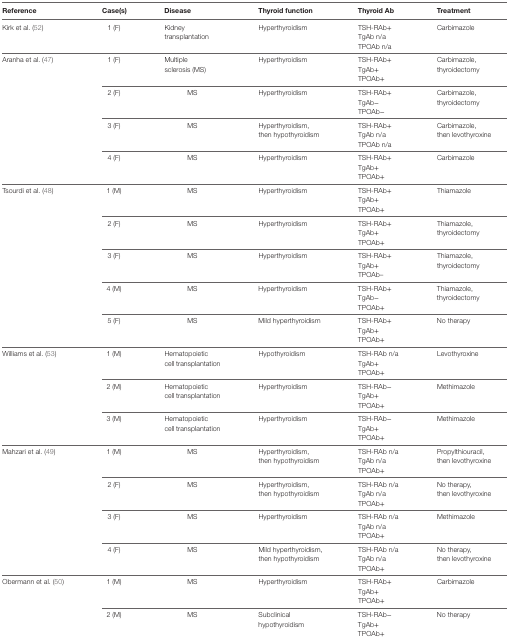
<table><thead><tr><td><b>Reference</b></td><td><b>Case(s)</b></td><td><b>Disease</b></td><td><b>Thyroid function</b></td><td><b>Thyroid Ab</b></td><td><b>Treatment</b></td></tr></thead><tbody><tr><td rowspan="3">Kirk et al. (52)</td><td rowspan="3">1 (F)</td><td rowspan="3">Kidney transplantation</td><td rowspan="3">Hyperthyroidism</td><td>TSH-RAb+</td><td rowspan="3">Carbimazole</td></tr><tr><td>TgAb n/a</td></tr><tr><td>TPOAb n/a</td></tr><tr><td rowspan="7">Aranha et al. (47)</td><td>1 (F)</td><td>Multiple sclerosis (MS)</td><td>Hyperthyroidism</td><td>TSH-RAb+TgAb+TPOAb+</td><td>Carbimazole, thyroidectomy</td></tr><tr><td>2 (F)</td><td>MS</td><td>Hyperthyroidism</td><td>TSH-RAb+TgAb−TPOAb−</td><td>Carbimazole, thyroidectomy</td></tr><tr><td>3 (F)</td><td>MS</td><td>Hyperthyroidism, then hypothyroidism</td><td>TSH-RAb+TgAb n/aTPOAb n/a</td><td>Carbimazole, then levothyroxine</td></tr><tr><td>4 (F)</td><td>MS</td><td>Hyperthyroidism</td><td>TSH-RAb+TgAb+TPOAb+</td><td>Carbimazole</td></tr><tr><td rowspan="9">Tsourdi et al. (48)</td><td>1 (M)</td><td>MS</td><td>Hyperthyroidism</td><td>TSH-RAb+TgAb+TPOAb+</td><td>Thiamazole</td></tr><tr><td>2 (F)</td><td>MS</td><td>Hyperthyroidism</td><td>TSH-RAb+TgAb+TPOAb+</td><td>Thiamazole, thyroidectomy</td></tr><tr><td>3 (F)</td><td>MS</td><td>Hyperthyroidism</td><td>TSH-RAb+TgAb+TPOAb–</td><td>Thiamazole, thyroidectomy</td></tr><tr><td>4 (M)</td><td>MS</td><td>Hyperthyroidism</td><td>TSH-RAb+TgAb−TPOAb+</td><td>Thiamazole, thyroidectomy</td></tr><tr><td>5 (F)</td><td>MS</td><td>Mild hyperthyroidism</td><td>TSH-RAb+TgAb+TPOAb+</td><td>No therapy</td></tr><tr><td rowspan="5">Williams et al. (53)</td><td>1 (M)</td><td>Hematopoietic cell transplantation</td><td>Hypothyroidism</td><td>TSH-RAb n/aTgAb+TPOAb+</td><td>Levothyroxine</td></tr><tr><td>2 (M)</td><td>Hematopoietic cell transplantation</td><td>Hyperthyroidism</td><td>TSH-RAb−TgAb+TPOAb+</td><td>Methimazole</td></tr><tr><td>3 (M)</td><td>Hematopoietic cell transplantation</td><td>Hyperthyroidism</td><td>TSH-RAb−TgAb+TPOAb+</td><td>Methimazole</td></tr><tr><td rowspan="7">Mahzari et al. (49)</td><td>1 (M)</td><td>MS</td><td>Hyperthyroidism, then hypothyroidism</td><td>TSH-RAb n/aTgAb n/aTPOAb+</td><td>Propylthiouracil, then levothyroxine</td></tr><tr><td>2 (F)</td><td>MS</td><td>Hyperthyroidism, then hypothyroidism</td><td>TSH-RAb n/aTgAb n/aTPOAb+</td><td>No therapy, then levothyroxine</td></tr><tr><td>3 (F)</td><td>MS</td><td>Hyperthyroidism</td><td>TSH-RAb n/aTgAb n/aTPOAb+</td><td>Methimazole</td></tr><tr><td>4 (F)</td><td>MS</td><td>Mild hyperthyroidism, then hypothyroidism</td><td>TSH-RAb n/aTgAb n/aTPOAb+</td><td>No therapy, then levothyroxine</td></tr><tr><td rowspan="3">Obermann et al. (50)</td><td>1 (M)</td><td>MS</td><td>Hyperthyroidism</td><td>TSH-RAb+TgAb+TPOAb+</td><td>Carbimazole</td></tr><tr><td>2 (M)</td><td>MS</td><td>Subclinical hypothyroidism</td><td>TSH-RAb−TgAb+TPOAb+</td><td>No therapy</td></tr></tbody></table>